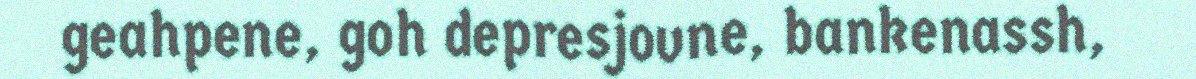
geahpene, goh depresjovne, bankenassh,